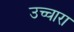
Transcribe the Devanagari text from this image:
उच्चारा